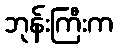
ဘုန်းကြီးက